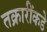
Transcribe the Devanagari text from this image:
तक्रारींकडे